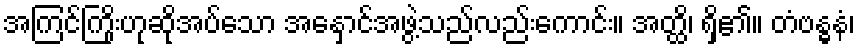
အကြင်ကြိုးဟုဆိုအပ်သော အနှောင်အဖွဲ့သည်လည်းကောင်း။ အတ္ထိ၊ ရှိ၏။ တံဗန္ဓနံ၊